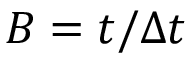
B = t / \Delta t